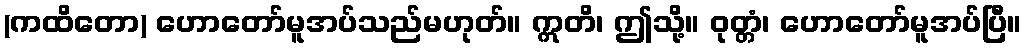
(ကထိတော) ဟောတော်မူအပ်သည်မဟုတ်။ ဣတိ၊ ဤသို့။ ဝုတ္တံ၊ ဟောတော်မူအပ်ပြီ။